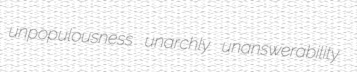
unpopulousness unarchly unanswerability